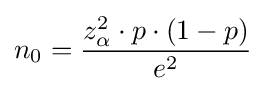
n_{0}={\frac {z_{\alpha }^{2}\cdot p\cdot (1-p)}{e^{2}}}